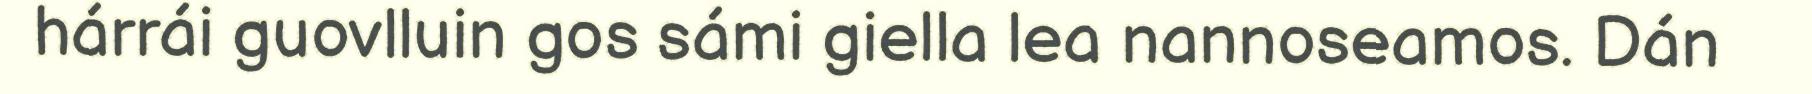
hárrái guovlluin gos sámi giella lea nannoseamos. Dán